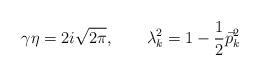
LaTeX: \begin{align*}\gamma \eta = 2i \sqrt{2\pi} , \qquad\lambda_k^2 = 1 - \frac{1}{2} \vec{p}^2_{k}\end{align*}